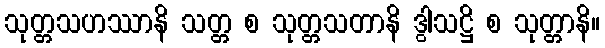
သုတ္တသဟဿာနိ သတ္တ စ သုတ္တသတာနိ ဒွါသဋ္ဌိ စ သုတ္တာနိ။